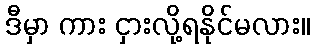
ဒီမှာ ကား ငှားလို့ရနိုင်မလား။